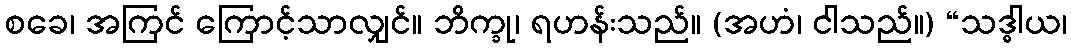
စခေ၊ အကြင် ကြောင့်သာလျှင်။ ဘိက္ခု၊ ရဟန်းသည်။ (အဟံ၊ ငါသည်။) “သဒ္ဓါယ၊